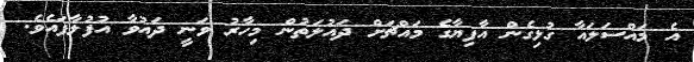
އެ މައްސަލައާ ގުޅިގެން އާފިޔާގެ މައްޗަށް ދައުލަތުން މިހާރު ވަނީ ދައުވާ އުފުލާފައެވެ.